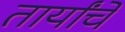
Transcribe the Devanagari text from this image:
तार्यांचें